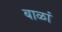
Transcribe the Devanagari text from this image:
बाळां